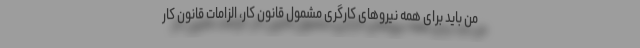
من باید برای همه نیروهای کارگری مشمول قانون کار، الزامات قانون کار